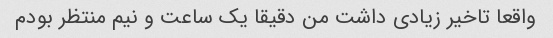
واقعا تاخیر زیادی داشت من دقیقا یک ساعت و نیم منتظر بودم